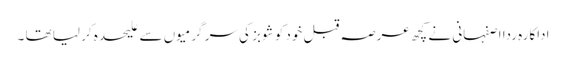
اداکارہ ردا اصفہانی نے کچھ عرصہ قبل خود کو شوبز کی سر گرمیوں سے علیحدہ کر لیا تھا ۔